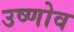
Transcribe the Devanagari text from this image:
उष्णोव